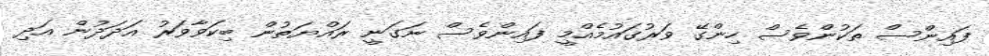
ފައިންސް ތަކުންވެސް ހިންގޭ ވަރުގައުމެއްމީ ފައިންވެސް ނަގަނީ ރައްޔަތުން ބިކަވާވަރު އަދަދުން އަދި